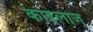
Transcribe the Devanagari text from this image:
काइलाज